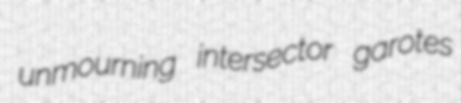
unmourning intersector garotes